Quinine and its salts - Number 41
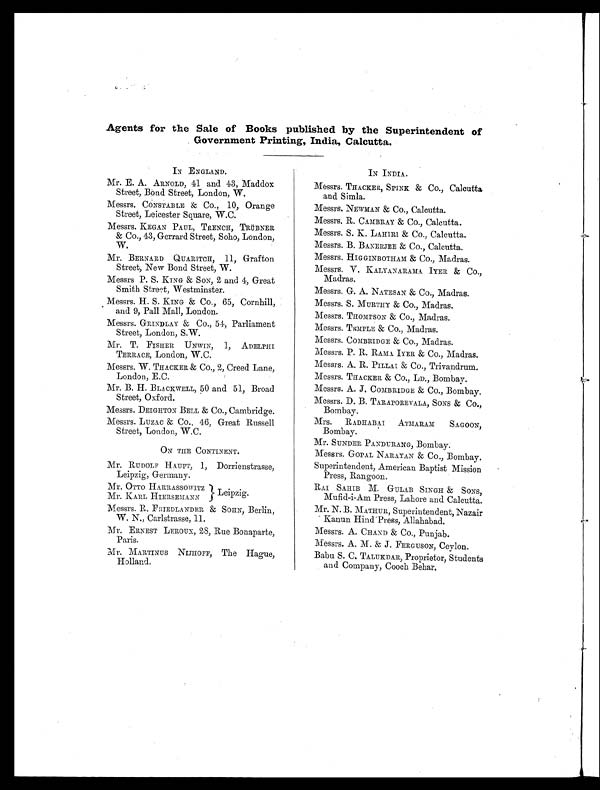
Agents for the Sale of Books published by the Superintendent of
Government Printing, India, Calcutta.
IN ENGLAND.
Mr. E. A. ARNOLD, 41 and 43, Maddox
Street, Bond Street, London, W.
Messrs. CONSTABLE & Co., 10, Orange
Street, Leicester Square, W.C.
Messrs. KEGAN PAUL, TRENCH, TRÜBNER
& Co., 43, Gerrard Street, Soho, London,
W.
Mr. BERNARD QUARITCH, 11, Grafton
Street, New Bond Street, W.
Messrs P. S. KING & SON, 2 and 4, Great
Smith Street, Westminster.
Messrs. H. S. KING & CO., 65, Cornhill,
and 9, Pall Mall, London.
Messrs. GRINDLAY & Co., 54, Parliament
Street, London, S.W.
Mr. T. FISHER UNWIN, 1, ADELPHI
TERRACE, London, W.C.
Messrs. W. THACKER & CO., 2, Creed Lane,
London, E.C.
Mr. B. H. BLACKWELL, 50 and 51, Broad
Street, Oxford.
Messrs. DEIGHTON BELL & CO., Cambridge.
Messrs. LUZAC & Co., 46, Great Russell
Street, London, W.C.
ON THE CONTINENT.
Mr. RUDOLF HAUPT, 1, Dorrienstrasse,
Leipzig, Germany.
Mr. OTTO HARRASSOWITZ
Leipzig.
Mr. KARL HIERSEMANN
Messrs. R. FRIEDLANDER & SOHN, Berlin,
W. N., Carlstrasse, 11.
Mr. ERNEST LEROUX, 28, Rue Bonaparte,
Paris.
MARTINUS NIJHOFF, The Hague,
Holland.
IN INDIA.
Messrs. THACKER, SPINK & Co., Calcutta
and Simla.
Messrs. NEWMAN & Co., Calcutta.
Messrs. R. CAMBRAY & Co., Calcutta.
Messrs. S. K. LAHIRI & Co., Calcutta.
Messrs. B. BANERJEE & Co., Calcutta.
Messrs. HIGGINBOTHAM & CO., Madras.
Messrs. V. KALYANARAMA IYER & Co.,
Madras.
Messrs. G. A. NATESAN & Co., Madras.
Messrs. S. MURTHY & CO., Madras.
Messrs. THOMPSON & Co., Madras.
Messrs. TEMPLE & Co., Madras.
Messrs. COMBRIDGE & CO., Madras.
Messrs. P. R. RAMA IYER & Co., Madras.
Messrs. A. R. PILLAI & Co., Trivandrum.
Messrs. THACKER & CO., LD., Bombay.
Messrs. A. J. COMBRIDGE & CO., Bombay.
Messrs. D. B. TARAPOREVALA, SONS & Co.,
Bombay.
Mrs. RADHABAI ATMARAM SAGOON,
Bombay.
Mr. SUNDER PANDURANG, Bombay.
Messrs. GOPAL NARAYAN & Co., Bombay.
Superintendent, American Baptist Mission
Press, Rangoon.
RAI SAHIB M. GULAB SINGH & SONS,
Mufid-i-Am Press, Lahore and Calcutta.
Mr. N. B. MATHUR, Superintendent, Nazair
Kanun Hind Press, Allahabad.
Messrs. A. CHAND & Co., Punjab.
Messrs. A. M. & J. FERGUSON, Ceylon.
Babu S. C. TALUKDAR, Proprietor, Students
and Company, Cooch Behar.